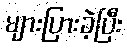
များပြားခဲ့ပြီး